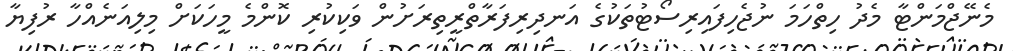
މެނޭޖްމަންޓާ މެދު ހިތްހަމަ ނުޖެހިފައިރިސޯޓުތަކުގެ އަނދިރިފަރާތްރީތިރަށުން ވަކިކުރި ކޮންމެ މީހަކަށް މިލިއަނެއްހާ ރުފިޔާ